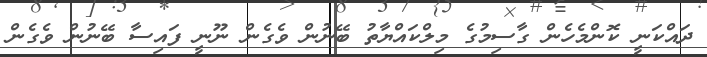
ދައްކަނީ ކޮންމެހެން ގާސިމުގެ މިލްކައްޔާތު ބޭނުން ވެގެން ނޫނީ ފައިސާ ބޭނުން ވެގެން